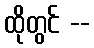
ထိုတွင် --